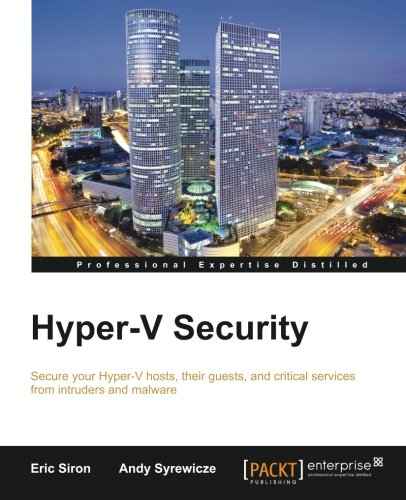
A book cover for Hyper-V Security; Eric Siron; Computers & Technology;